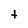
Character: t